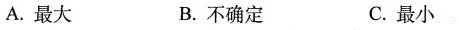
A.最大 B.不确定 C.最小